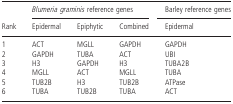
<table><thead><tr><td rowspan="2"><b>Rank</b></td><td colspan="3"><b><i>Blumeria graminis</i> reference genes</b></td><td><b>Barley reference genes</b></td></tr><tr><td><b>Epidermal</b></td><td><b>Epiphytic</b></td><td><b>Combined</b></td><td><b>Epidermal</b></td></tr></thead><tbody><tr><td>1</td><td>ACT</td><td>MGLL</td><td>GAPDH</td><td>GAPDH</td></tr><tr><td>2</td><td>GAPDH</td><td>TUBA</td><td>ACT</td><td>UBI</td></tr><tr><td>3</td><td>H3</td><td>GAPDH</td><td>H3</td><td>TUBA2B</td></tr><tr><td>4</td><td>MGLL</td><td>ACT</td><td>MGLL</td><td>TUBA</td></tr><tr><td>5</td><td>TUB2B</td><td>H3</td><td>TUB2B</td><td>ATPase</td></tr><tr><td>6</td><td>TUBA</td><td>TUB2B</td><td>TUBA</td><td>ACT</td></tr></tbody></table>